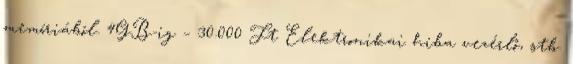
memóriából. 4GB-ig – 30.000 Ft Elektronikai hiba vezérlő, stb.